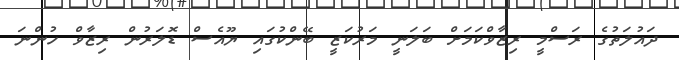
ދައުލަތުގެ ރަސްމީ ރިޒާވްކަމަށް ބަލަނީ މަރުކަޒީ ބޭންކުގައި ޔޫއެސް ޑޮލަރުން ރިޒާވް ހުންނަ